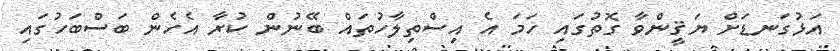
އަޅުގަނޑަށް ޔަޤީންވާ ގޮތުގައި ހަމަ އެ އިސްތިލާހުތައް ބޭނުން ކުރާ އެހެން ބަސްބަހުގައި